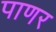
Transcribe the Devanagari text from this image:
पाणर